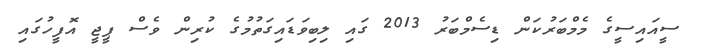
ސީއައިސީގެ މެމްބަރުކަން ޑިސެމްބަރު 2013 ގައި ލިބިވަޑައިގަތުމުގެ ކުރިން ވެސް ޕީޖީ އޮފީހުގައި